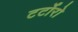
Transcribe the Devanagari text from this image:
टर्टोरो